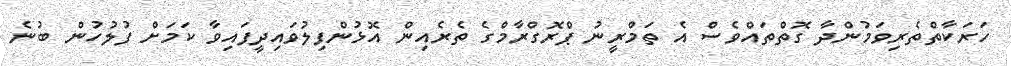
ހަރަކާތްތެރިވަމުންދާ ގޮތްތައްވެސް އެ ތަމްރީނު ޕްރޮގްރާމްގެ ތެރެއިން އޮޅުންފިލުވައިދީފައިވާ ކަމަށް ފުލުހުން ބުނެ